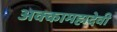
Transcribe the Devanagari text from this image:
अक्कामहादेवी